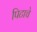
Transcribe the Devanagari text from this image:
पिटाचे